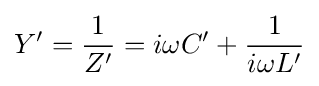
Y'={\frac {1}{Z'}}=i\omega C'+{\frac {1}{i\omega L'}}